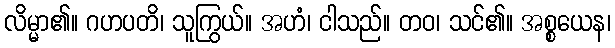
လိမ္မာ၏။ ဂဟပတိ၊ သူကြွယ်။ အဟံ၊ ငါသည်။ တဝ၊ သင်၏။ အစ္စယေန၊